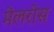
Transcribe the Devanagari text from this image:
मेलरोस